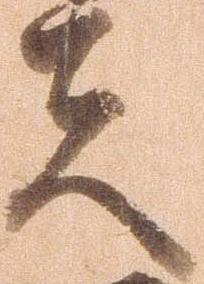
夫